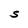
Character: S